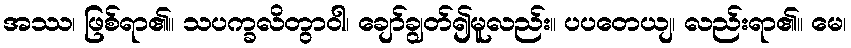
အဿ၊ ဖြစ်ရာ၏။ သပက္ခလိတွာဝါ၊ ချော်ချွတ်၍မူလည်း။ ပပတေယျ၊ လည်းရာ၏။ မေ၊